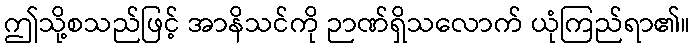
ဤသို့စသည်ဖြင့် အာနိသင်ကို ဉာဏ်ရှိသလောက် ယုံကြည်ရာ၏။